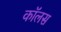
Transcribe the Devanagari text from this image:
कॉलस